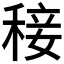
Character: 𥟣